Civil Veterinary Dept. Bombay admin report 1907-1913 - 1907-1913
Year: 1907
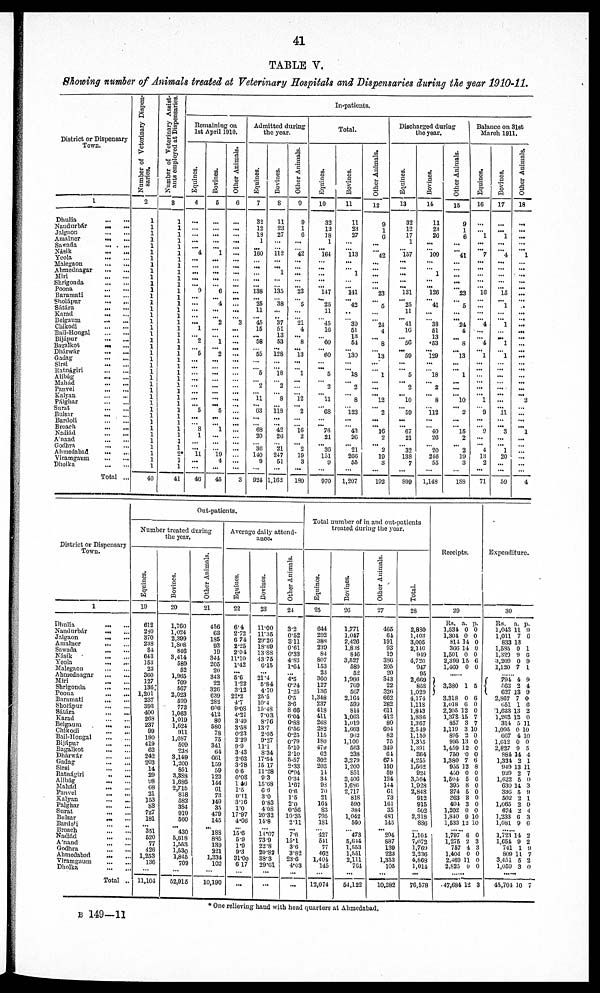
41
TABLE V.
Showing number of Animals treated at Veterinary Hospitals and Dispensaries during the year 1910-11.
District or Dispensary
Town.
1
Dhulia
...
...
Nandurbár
...
...
Jalgaon
...
...
Amalner
...
...
Sawada
...
...
Násik
...
...
Yeola
...
...
Malegaon
...
...
Ahmednagar
...
...
Miri
...
...
Shrigonda
...
...
Poona
...
...
Baramati
...
...
Sholápur
...
...
Sátára
...
...
Karad
...
...
Belgaum
...
...
Chikodi
...
...
Bail-Hongal ... ...
Bijápur
...
...
Bagalkot
...
...
Dhárwár
...
...
Gadag
...
...
Sirsi
...
...
Ratnágiri
...
...
Alibág ... ...
Mahad ... ...
Panvel ... ...
Kalyan
...
...
Pálghar
...
...
Sunt
Bulsar
...
...
Bardoli
...
...
Broach
Nadiád
...
...
Anand
...
...
Godhra
...
...
Abmedabad
...
...
Viramgaum
...
...
Dhoika
...
...
Total ...
Number of Veterinary Dispen-
saries.
2
1
1
1
1
1
1
1
1
1
1
1
1
1
1
1
1
1
1
1
1
1
1
1
1
1
1
1
1
1
1
1
1
1
1
1
1
1
1
1
1
40
| Number of Veterinary Assist-
ants employed at Dispensaries.
3
1
1
1
1
1
1
1
1
1
1
1
1
1
1
1
1
1
1
1
1
1
1
1
1
1
1
1
1
1
1
1
1
1
1
1
1
1 2 *
1
1
41
In-patients.
Remaining on
1st April 1910.
Equines.
4
...
...
...
...
... 4
...
...
...
...
... 9
...
...
...
...
... 1
... 2
... 5
...
...
...
...
...
...
...
... 5
...
... 8 1
...
... 11
...
...
40
Bovines.
5
...
...
...
...
... 1
...
...
...
...
... 6
... 4
...
... 2
...
... 1
... 2
...
...
...
...
...
...
...
... 5
...
... 1
...
...
... "l9
4
...
45
Other Animals.
6
...
...
...
...
...
...
...
...
...
...
...
...
...
...
...
... "3
...
...
...
...
...
...
...
...
...
...
...
...
...
...
...
...
...
...
...
...
...
...
...
3
Admitted during
the year.
Equines.
7
32
12
18
1
... 160
...
...
...
...
... 138
... 25
11
... 45
15
... 58
... 55
...
... 5
... 2
...
11
... 63
...
... 68
20
... "36i
110
9
...
924
Bovines.
8
11
23
27
...
... 112
...
... 1
...
... 135
... "38
...
.. 37
51
13
53
... 128
...
... l8
... 2
...
...
... 118
...
... 42
26
... 21
247
51
...
1,162
Other Animals.
9
9
1
6
...
... 42
...
...
...
...
... "23
... 5
...
... 21
4
... 8
... 13
...
... l
...
...
... l2
... 2
...
...
16 2
... "2
19
3
...
189
Total.
Equines.
10
32
12
18
1
... l64
...
...
... ...
... 117
... 25
11
... 45
16
... 60
... 60
... ... 5
... 2
... 11
... ...
...
... 76
21
... 36
151
9
...
970
Bovines.
11
11
23
27
...
... 113
...
... 1
...
... 141
... 42
...
... 39
51
13
61
... 130
...
... 18
... 9
... 8
... 123
...
... 43
20
... 21
266
55
...
1,207
Other Animals.
12
9
1
6
...
... 42
... ...
...
...
... 23
... 5
...
... 24
4
... 8
... 13
...
... 1
...
...
... l2
... 2
... ... 16
2
... 2
10
3
...
192
Discharged during
the year.
Equines.
13
32
12
17
1
... 157
...
...
...
... ... 131
... 25
11
... 41
16
... 56
... 59
...
... 5
... 2
... 10
... 59
...
...
67
21
... 32
138
7
...
899
Bovines.
14
11
23
26
...
... 109
...
... 1
...
... 126
... 41
...
... 38
51
13
53
... 129
...
... 18
... 2
... 8
... 112
...
... 40
26
... 20
246
55
...
1,148
Other Animals.
15
9
1
6
...
... 41
...
...
...
...
... 23
... 5
...
... 24
4
... 8
... 13
...
... 1
...
...
... 10
... 2
...
... 15
2
... 2
19
3
...
188
Balance on 31st
March 1911.
Equines.
16
...
...
...l
...
... 7
...
...
...
...
... 16
...
...
...
... 4
...
... 4
... 1
...
...
...
...
...
... 1
... 9
...
... 9
...
... 4
13
2
...
71
Bovines.
17
...
... 1
...
... 4
...
...
...
...
... 15
... 1
...
... 1
...
... 1
... 1
...
...
...
...
...
...
...
... 11
... 3
...
... 1
20
...
...
59
Other Animals.
18
...
...
...
...
... 1
...
...
...
...
...
...
...
...
...
...
...
...
...
...
...
...
...
...
...
...
...
... 2
...
...
...
... 1
...
...
...
...
...
...
4
District or Dispensary
Town.
1
Dhulia
...
...
Nandurbar
...
...
Jalgaon
...
...
Amalner
...
...
Sawada
...
...
Nasik
...
...
Yeola ... ...
Malegaon
...
...
Ahmednagar
...
...
Miri
...
...
Shrigonda
...
...
Poona
...
...
Baramati
...
...
Sholápur
...
...
Sátára
...
...
Karad
...
...
Belgaum
...
...
Chikodi
...
...
Bail-Hongal
...
...
Bijápur
...
...
Bagalkot
...
...
Dhárwár
...
...
Gadag
...
...
Sirsi
...
...
Ratnágiri ... ...
Alibag
...
...
Mahad
...
...
Panvel
...
...
Kalyan
...
...
Palghar
...
...
Surat
...
...
Bulsar
...
...
Bardoli ... ...
Broach
Nadiad
...
...
Anand
...
...
Godhra
...
...
Ahmedabad
...
...
Viramgaum
...
...
Dholka ... ...
Total ...
Out-patients.
Number treated during
the year.
Equines.
19
612
230
370
238
84
643
153
23
360
127
136
1,201
237
393
400
268
237
99
180
419
62
242
203
14
29
93
68
21
153
83
727
181
... 351
620
77
426
1,253
136
...
11,101
Bovines.
20
1,760
1,024
2,399
1,808
846
3,414
589
62
1,965
709
567
2,023
699
772
1,063
1,019
1,624
911
1,087
509
238
3,149
1,200
851
3,383
1.686
2,715
318
582
384
919
500
... 430
5,618
1,553
l,530
1,845
709
...
52,915
Other Animals.
21
456
03
135
93
19
344
205
20
343
22
326
039
282
606
412
80
5S0
78
75
341
64
661
159
59
123
144
61
73
149
35
479
145
...
188
885
139
321
1,331
102
...
10,190
Average daily attend-
ance.
Equities.
22
6.4
2.72
6 74
2.25
2.04
11.10
1.42
... 5.6
1.22
3.12
22.2
4.7
9.08
4.27
3.19
3.58
0.23
229
9.9
3 43
2.62
3.78
06
0.08
1 40
1.5
0.11
3.16
1.0
17.97
4.06
...
15.6
5.9
1.9
9.3
31.00
6 17
...
...
Bovines.
23
11.00
11.35
29.26
13.69
13.88
4375
6.15
21.4
5.84
4.70
25.5
10.4
10.48
7.03
8.76
13.7
2.05
9.27
11.1
8.34
17.54
15 17
11 .28
93
15.68
66
3.0
9. 83
408
20.32
11.8
...
14.07
73 .9
22.8
20.82
38.3
29.61
...
...
Other Animals.
24
3.2
0.52
311
0.61
0.33
4.83
1.64
4.5
0.24
1.25
6.5
3.6
866
6.04
0.88
6.56
0.25
0.79
5.10
2.10
5-07
2.33
0.94
0.34
1.67
0.6
1.5
2.0
0.56
10.35
2.11
... 7.6
15.1
3.6
3.82
23.6
4.03
...
...
Total number of in and out-patients
treated during the year.
Equines.
25
644
292
388
289
84
807
153
23
360
127
130
1,348
237
419
411
268
282
115
180
47;l
02
302
203
14
34
98
70
21
161
83
795
181
...
427
544
77
462
1,404
140
...
12,074
Bovines.
26
1,771
1,047
2,426
1,8 8
846
3,527
589
52
1,966
709
767
2,164
599
814
1,063
l,419
1,003
962
1,100
563
238
3,279
1,200
851
3,400
l,686
2,717
818
590
334
1,042
500
... 473
5,614
1,553
1,551
2,111
764
...
54,122
Other Animals.
27
465
64
191
93
19
386
205
20
343
22
326
662
282
611
412
80
694
82
75
349
64
674
150
59
124
144
61
73
101
35
481
145
... 204
887
139
223
1,353
105
...
10,382
Total.
28
2,880
1,403
3,005
2,110
919
4,720
917
95
2,669
858
1,029
4,174
1,11S
1,813
1,886
1,307
2,549
1,159
1,355
1,3!)|
304
4,255
1,502
921
3,564
1,928
2,848
912
915
502
2,318
896
...
1,104
7,072
1,769
2,236
4,863
1,011
76,578
Receipts.
29
Us. a. p.
1,534 0 0
1,304 0 0
811 14 0
366 11 0
1,501 0 0
2,399 15 6
1,460 0 0
......
3,380 1 5
3,318 0 6
l,0l8 0 0
2,205 12 0
1,378 15 7
857 3 7
1,119 3 10
805 2 0
995 13 0
1,459 12 0
750 0 0
1,380 7 6
955 12 8
450 0 0
l,504 5 0
395 8 0
374 5 0
363 3 0
401 3 0
1,202 0 0
1,840 9 10
1,533 12 10
...... 1,797 6 0
1,275 2 3
757 4 3
1,401 0 0
2,469 11 0
2,825 0 0
47,684 12 3
Expenditure.
30
Rs. a. p.
1,043 11 9
1,011 7 6
833 13
1,635 0 1
1,320 9 6
3,209 0 9
1,120 7 1
...... 794 4 9
63
2 4
627
13
9
2,867 7 0
651 1 6
1,623 13 2
1,202 12 0
314 5 11
1,095 0 10
667 4 10
1,612 0 0
2,827 9 5
881 14 4
1,331 2 1
919 13 11
929 2 7
1,622 5 0
630 14 3
336 5 9
502 2 1
1,0G5 2 0
074 2 4
1,233 6 3
1,081 9 0
...... 1,723 14 2
1,651 9 2
741 1 9
809 11 7
3,45i 0 2
1,059 3 0
45,704 10 7
* One relieving hand with head quarters at Ahmedabad.
B 149—11